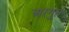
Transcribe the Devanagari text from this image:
अरगुत